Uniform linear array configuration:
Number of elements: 12
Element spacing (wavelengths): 0.25
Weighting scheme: hann
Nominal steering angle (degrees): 15
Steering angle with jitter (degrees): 16.915
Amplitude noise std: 0.05
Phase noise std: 0.05

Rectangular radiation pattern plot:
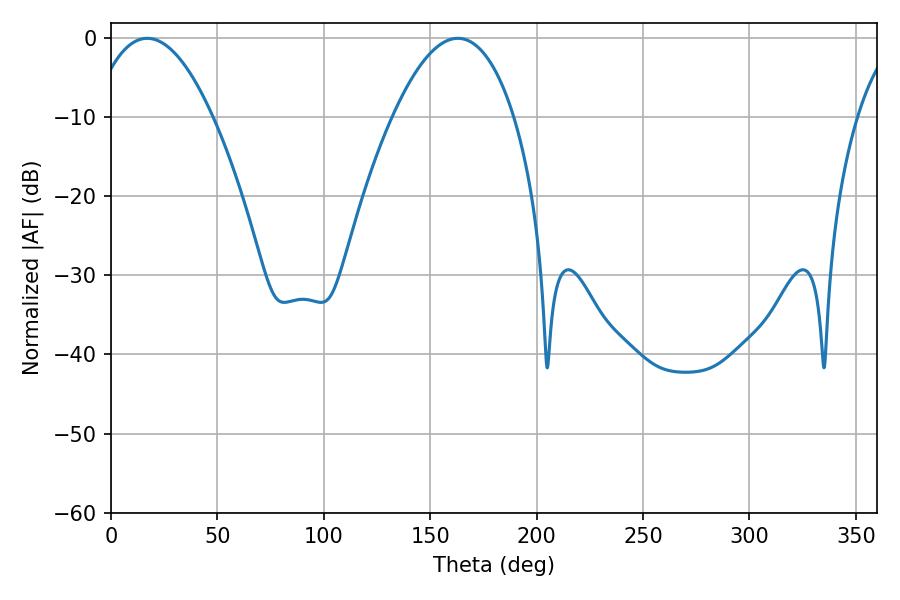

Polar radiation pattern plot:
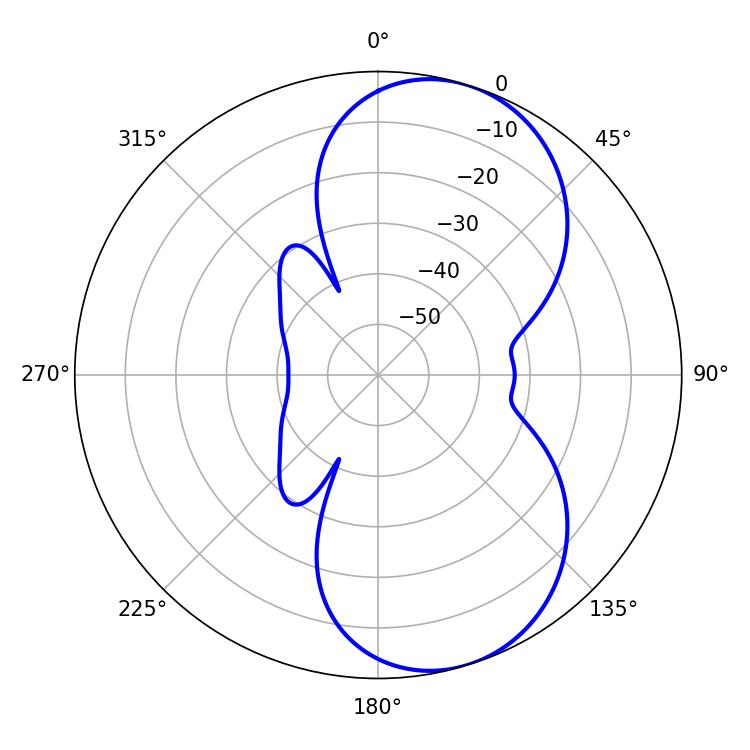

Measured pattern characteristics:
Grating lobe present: FALSE
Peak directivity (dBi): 7.423
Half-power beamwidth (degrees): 31.5
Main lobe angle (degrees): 17.1